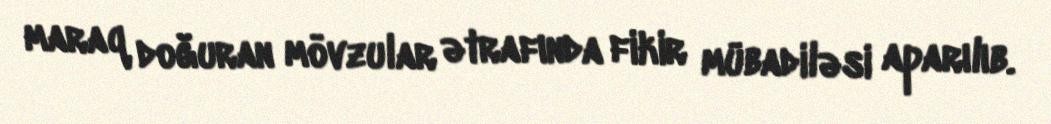
maraq doğuran mövzular ətrafında fikir mübadiləsi aparılıb.